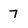
Character: 7